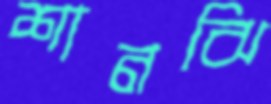
শানঝি